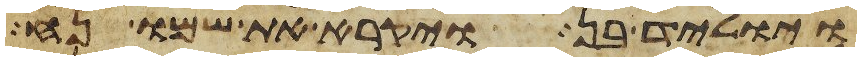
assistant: ויוליד בן ויקרא את שמו נח